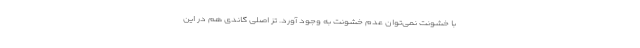
با خشونت نمی‌توان عدم خشونت به وجود آورد. تز اصلی گاندی هم در این